画像に写った文字を読んでください
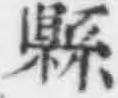
「縣」と書いてあります